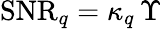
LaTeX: \mathrm{SNR}_{q}=\kappa_{q}\, \Upsilon